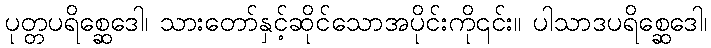
ပုတ္တပရိစ္ဆေဒေါ၊ သားတော်နှင့်ဆိုင်သောအပိုင်းကို၎င်း။ ပါသာဒပရိစ္ဆေဒေါ၊